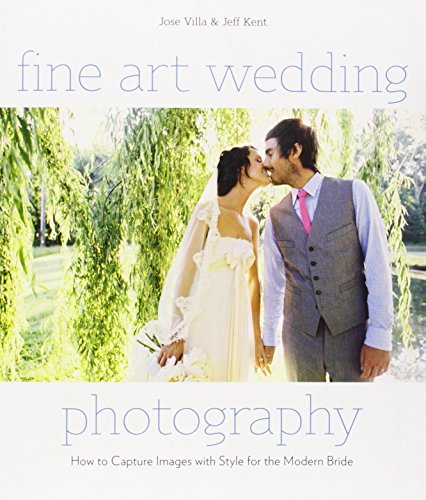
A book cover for Fine Art Wedding Photography: How to Capture Images with Style for the Modern Bride; Jose Villa; Crafts, Hobbies & Home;